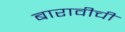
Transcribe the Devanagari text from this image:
बारावीची